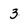
Character: 3